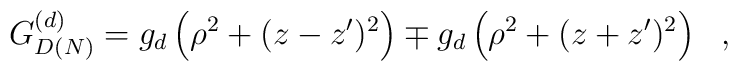
G_{D(N)}^{(d)}=g_d\left(\rho^2+(z-z')^2\right)\mp g_d\left (\rho^2+(z+z')^2\right)~~,